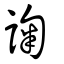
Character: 諊